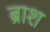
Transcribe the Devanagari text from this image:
ब्राश